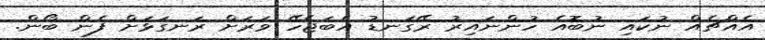
އެއްޗެއް ނުކައި ނުބޮއެ ހުންނައިރު ރޭގަނޑު އެބަޖެހޭ ވަރަށް ރަނގަޅަށް ފެން ބޯން.